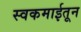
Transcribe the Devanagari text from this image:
स्वकमाईतून